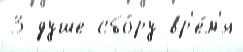
3 душе сбо́ру вр'е́м'я